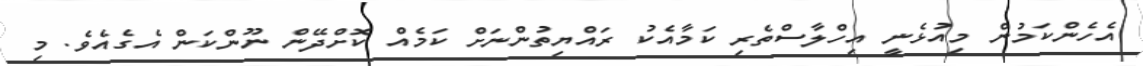
އެހެންކަމުން މިއުޅެނީ އިހްލާސްތެރި ކަމާއެކު ރައްޔިތުންނަށް ކަމެއް ކޮށްދޭން ނޫންކަން އެގެއެވެ. މި